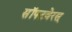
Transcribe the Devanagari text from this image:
सॉफ्टवेरस्